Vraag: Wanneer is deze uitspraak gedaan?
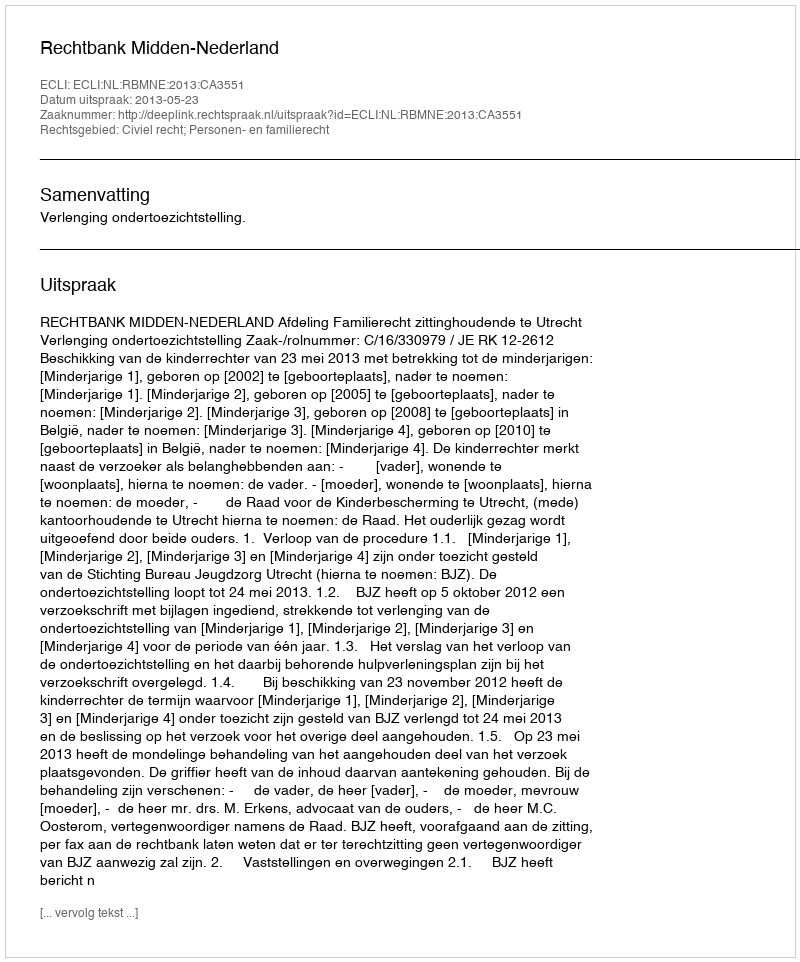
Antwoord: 2013-05-23